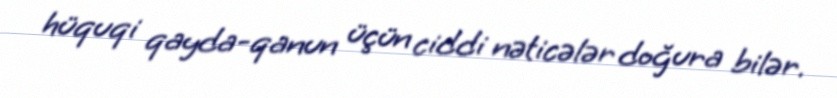
hüquqi qayda-qanun üçün ciddi nəticələr doğura bilər.